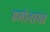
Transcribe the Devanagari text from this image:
एमोनायड